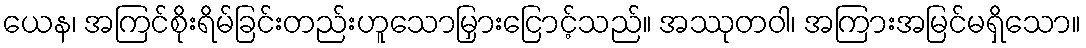
ယေန၊ အကြင်စိုးရိမ်ခြင်းတည်းဟူသောမြှားငြောင့်သည်။ အဿုတဝါ၊ အကြားအမြင်မရှိသော။